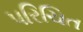
પરિચિત